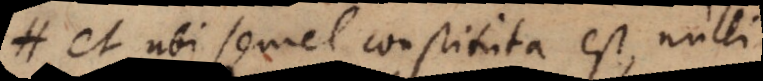
et ubi semel constituta est, nulli